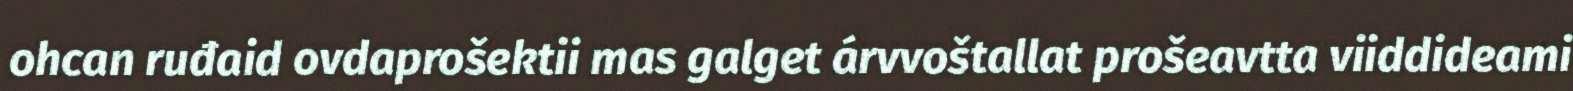
ohcan ruđaid ovdaprošektii mas galget árvvoštallat prošeavtta viiddideami